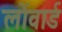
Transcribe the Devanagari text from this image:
लोंवार्ड